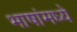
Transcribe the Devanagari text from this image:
भाषांमध्‍ये